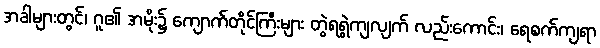
အခါများတွင်၊ ဂူ၏ အမိုး၌ ကျောက်တိုင်ကြီးများ တွဲရရွဲကျလျက် လည်းကောင်း၊ ရေစက်ကျရာ